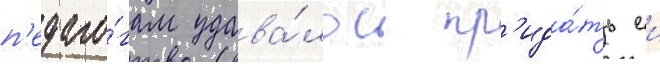
п'едаго́гам удава́лось пр'ида́ть еи